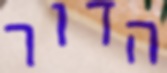
הדור